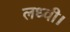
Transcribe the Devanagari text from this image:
लध्वी।